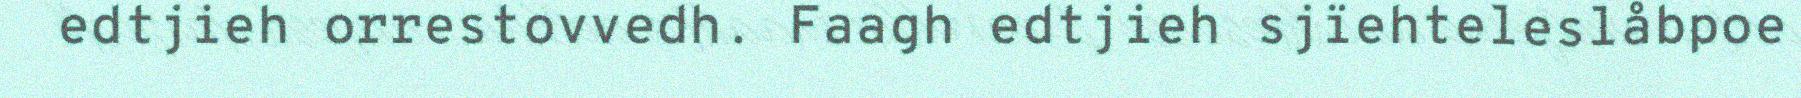
edtjieh orrestovvedh. Faagh edtjieh sjïehteleslåbpoe